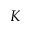
K